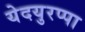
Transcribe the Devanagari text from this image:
येदयुरप्पा